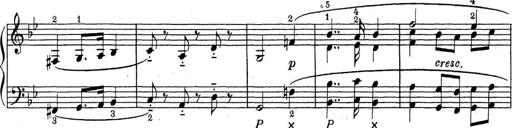
Title: ÄŒeskÃ© Sonatiny
Composer: Various